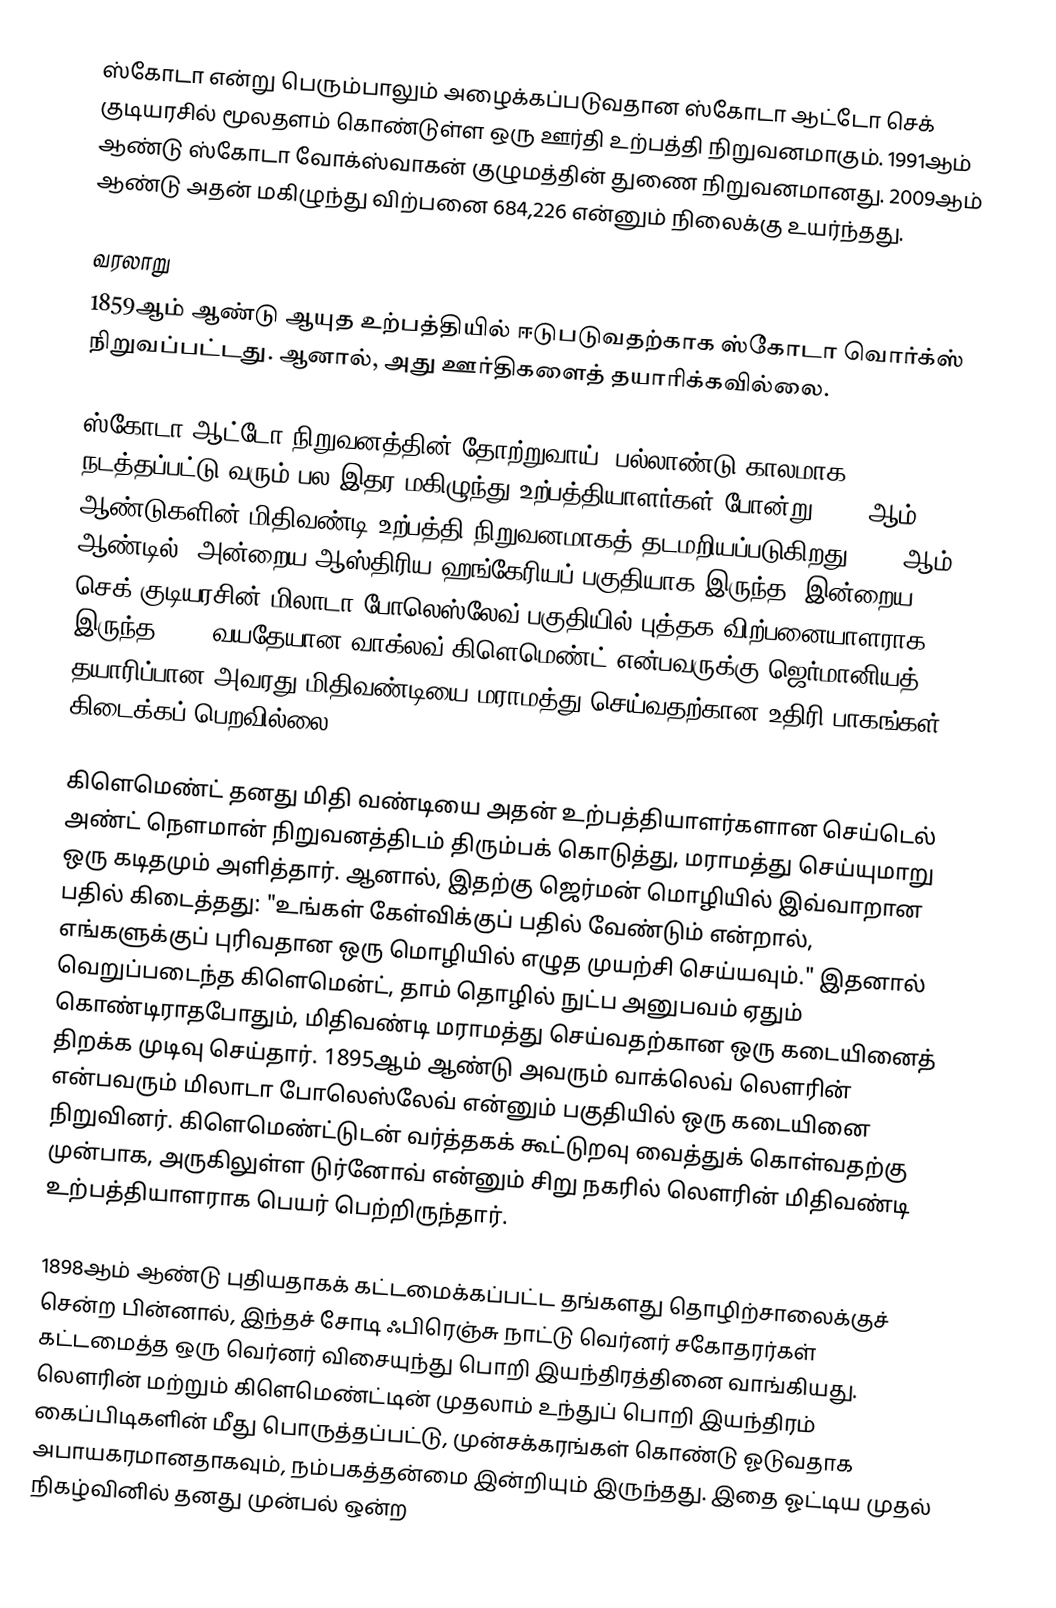
ஸ்கோடா  என்று பெரும்பாலும் அழைக்கப்படுவதான ஸ்கோடா ஆட்டோ  செக் குடியரசில் மூலதளம் கொண்டுள்ள ஒரு ஊர்தி உற்பத்தி நிறுவனமாகும்.  1991ஆம் ஆண்டு ஸ்கோடா வோக்ஸ்வாகன் குழுமத்தின் துணை நிறுவனமானது. 2009ஆம் ஆண்டு அதன் மகிழுந்து விற்பனை 684,226 என்னும் நிலைக்கு உயர்ந்தது.

வரலாறு
1859ஆம் ஆண்டு ஆயுத உற்பத்தியில் ஈடுபடுவதற்காக ஸ்கோடா வொர்க்ஸ் நிறுவப்பட்டது. ஆனால், அது ஊர்திகளைத் தயாரிக்கவில்லை.

ஸ்கோடா ஆட்டோ நிறுவனத்தின் தோற்றுவாய், பல்லாண்டு காலமாக நடத்தப்பட்டு வரும் பல இதர மகிழுந்து உற்பத்தியாளர்கள் போன்று, 1890ஆம் ஆண்டுகளின் மிதிவண்டி உற்பத்தி நிறுவனமாகத் தடமறியப்படுகிறது. 1894ஆம் ஆண்டில், அன்றைய ஆஸ்திரிய ஹங்கேரியப் பகுதியாக இருந்த, இன்றைய செக் குடியரசின் மிலாடா போலெஸ்லேவ் பகுதியில் புத்தக விற்பனையாளராக இருந்த , 26 வயதேயான வாக்லவ் கிளெமெண்ட் என்பவருக்கு ஜெர்மானியத் தயாரிப்பான அவரது மிதிவண்டியை மராமத்து செய்வதற்கான உதிரி பாகங்கள் கிடைக்கப் பெறவில்லை.

கிளெமெண்ட் தனது மிதி வண்டியை அதன் உற்பத்தியாளர்களான செய்டெல் அண்ட் நௌமான் நிறுவனத்திடம் திரும்பக் கொடுத்து, மராமத்து செய்யுமாறு ஒரு கடிதமும் அளித்தார். ஆனால், இதற்கு ஜெர்மன் மொழியில் இவ்வாறான பதில் கிடைத்தது: "உங்கள் கேள்விக்குப் பதில் வேண்டும் என்றால், எங்களுக்குப் புரிவதான ஒரு மொழியில் எழுத முயற்சி செய்யவும்." இதனால் வெறுப்படைந்த கிளெமென்ட், தாம் தொழில் நுட்ப அனுபவம் ஏதும் கொண்டிராதபோதும், மிதிவண்டி மராமத்து செய்வதற்கான ஒரு கடையினைத் திறக்க முடிவு செய்தார். 1895ஆம் ஆண்டு அவரும் வாக்லெவ் லௌரின் என்பவரும் மிலாடா போலெஸ்லேவ் என்னும் பகுதியில் ஒரு கடையினை நிறுவினர். கிளெமெண்ட்டுடன் வர்த்தகக் கூட்டுறவு வைத்துக் கொள்வதற்கு முன்பாக, அருகிலுள்ள டுர்னோவ் என்னும் சிறு நகரில் லௌரின் மிதிவண்டி உற்பத்தியாளராக பெயர் பெற்றிருந்தார்.

1898ஆம் ஆண்டு புதியதாகக் கட்டமைக்கப்பட்ட தங்களது தொழிற்சாலைக்குச் சென்ற பின்னால், இந்தச் சோடி ஃபிரெஞ்சு நாட்டு வெர்னர் சகோதரர்கள் கட்டமைத்த ஒரு வெர்னர் விசையுந்து பொறி இயந்திரத்தினை வாங்கியது. லௌரின் மற்றும் கிளெமெண்ட்டின் முதலாம் உந்துப் பொறி இயந்திரம் கைப்பிடிகளின் மீது பொருத்தப்பட்டு, முன்சக்கரங்கள் கொண்டு ஓடுவதாக அபாயகரமானதாகவும், நம்பகத்தன்மை இன்றியும் இருந்தது. இதை ஓட்டிய முதல் நிகழ்வினில் தனது முன்பல் ஒன்ற